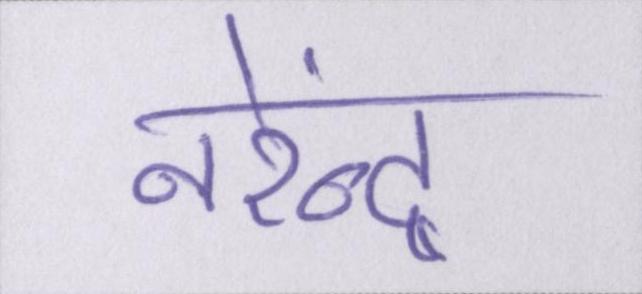
नरेंन्द्र